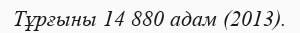
Тұрғыны 14 880 адам (2013).